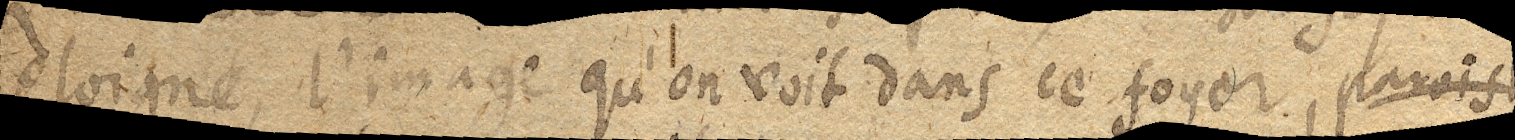
eloigné, l’image qu’on voit dans ce foyer, paroist